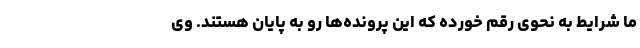
ما شرایط به نحوی رقم خورده که این پرونده‌ها رو به پایان هستند. وی